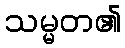
သမ္မတ၏